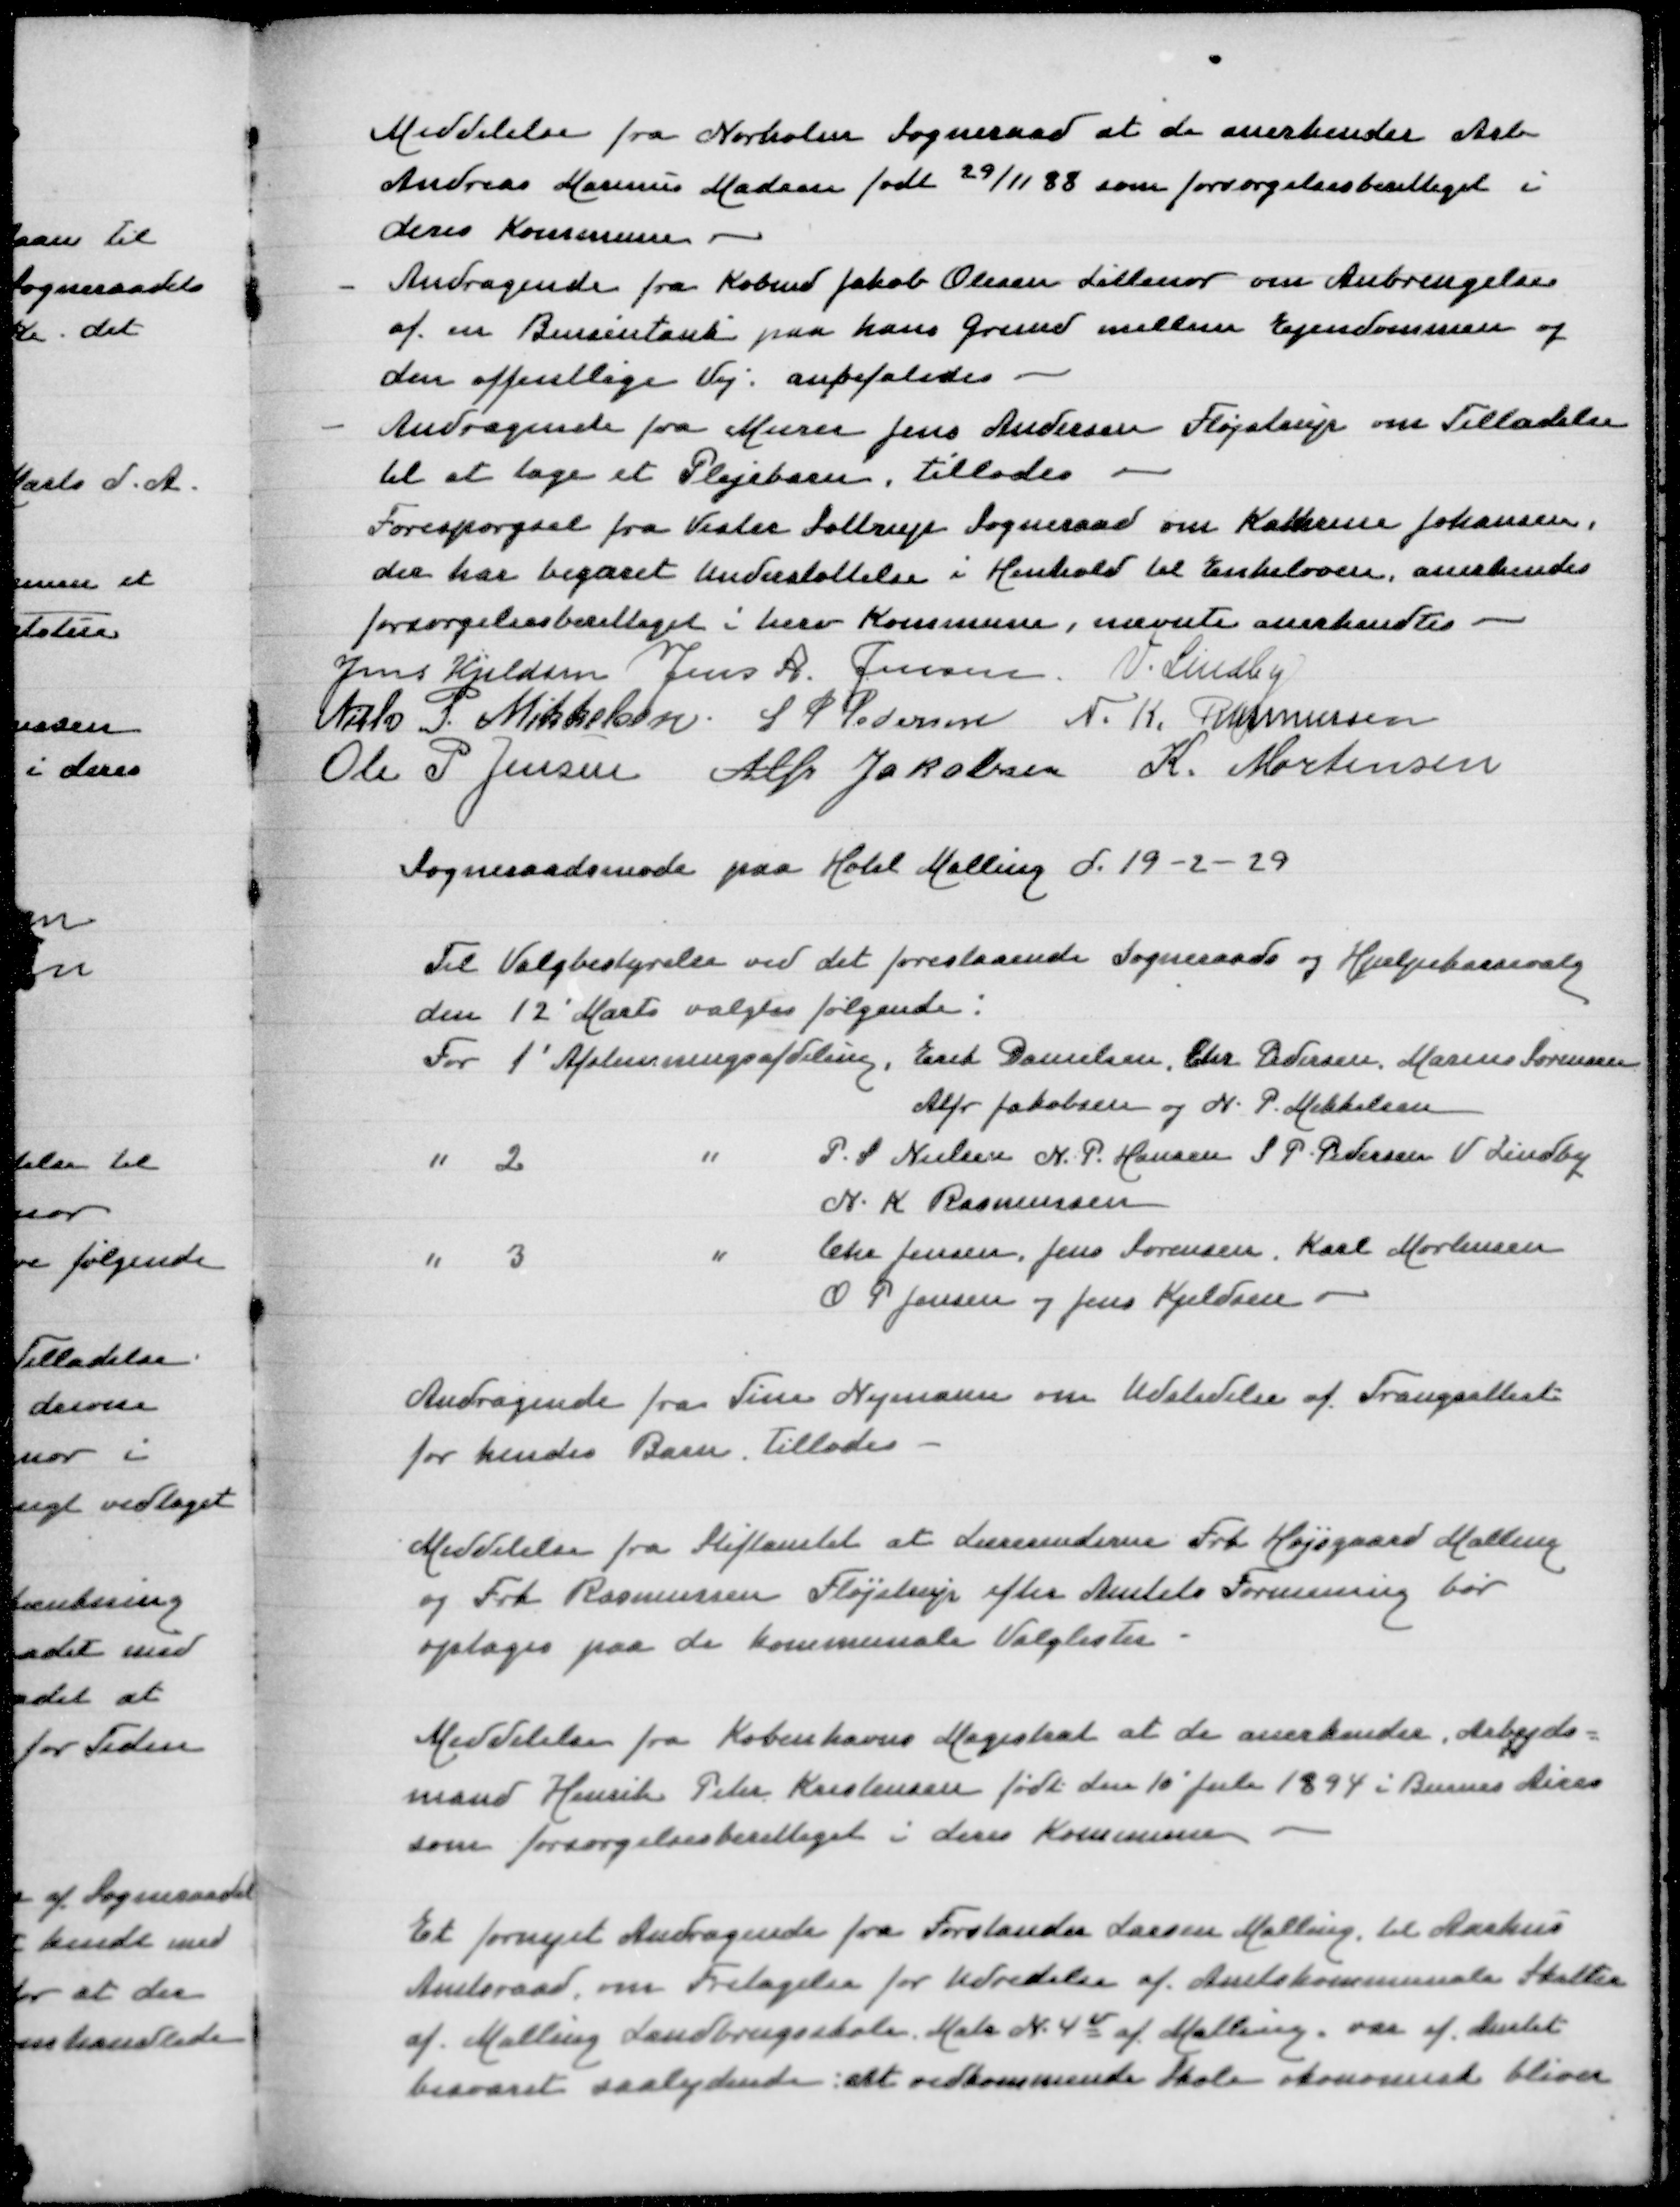
Transskription:
Meddelelse fra Nørholm Sogneraad at de anerkender Arb
Andreas Marius Madsen født 29/11 88 som forsørgelsesberettiget i
deres Kommune
- Andragende fra Købmd Jakob Olesen Lillenor om Anbringelse
af en Bensintank paa hans Grund mellem Ejendommen og
den offentlige Vej, anbefaledes
- Andragende fra Murer Jens Andersen Fløjstrup om Tilladelse
til at tage et Plejebarn, tillades
Forespørgsel fra Vester Sottrup Sogneraad om Kathrine Johansen
der har begæret Understøttelse i Henhold til Enkeloven, anerkendes
forsørgelsesberettiget i herv Kommune, nævnte anerkendtes
Jens Kjeldsen
Jens A Jensen
V Lindby
Niels P Mikkelsen
S P Pedersen
N K Rasmussen
Ole P Jensen
Alfr Jakobsen
K Mortensen

Sogneraadsmøde paa Hotel Malling d 19-2-29

Til Valgbestyrelse ved det forestaaende Sogneraads og Hjælpekassevalg
den 12' Marts valgtes følgende:
For 1' Afstemningsafdeling, Erik Poulsen, Chr Pedersen, Marius Sørensen
Alfr Jakobsen og N P Mikkelsen
" 2' " P S Nielsen, N P Hansen, S P Pedersen, V Lindby
N K Rasmussen
" 3' " Chr Jensen, Jens Sørensen, Karl Mortensen
O P Jensen og Jens Kjeldsen

Andragende fra Tine Nymann om Udstedelse af Trangsattest
for hendes Barn Tillades

Meddelelse fra Stiftamtet at Lærerinderne Frk Højsgaard Malling
og Frk Rasmussen Fløjstrup efter Amtets Formening bør
optages paa de kommunale Valglister

Medelelse fra Københavns Magistrat at de anerkender Arbejds=
mand Henrik Peter Kristensen født den 10' Juli 1894i Buenos Aires
som forsørgelsesberettiget i deres Kommune

Et fornyet Andragende fra Forstander Larsen Malling til Aarhus
Amtsraad om Fritagelse for Udredelse af Amtskommunale Skatter
af Malling Landbrugsskole Matr N 4v af Malling var af Amtet
besvaret saalydende: alt vedkommende Skole økonomisk bliver